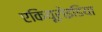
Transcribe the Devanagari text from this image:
एकियूरोइडिया